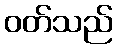
ဝတ်သည်